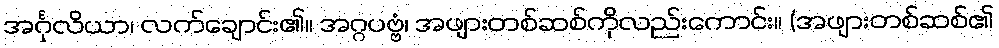
အင်္ဂုလိယာ၊ လက်ချောင်း၏။ အဂ္ဂပဗ္ဗံ၊ အဖျားတစ်ဆစ်ကိုလည်းကောင်း။ (အဖျားတစ်ဆစ်၏